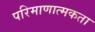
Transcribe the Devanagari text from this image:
परिमाणात्मकता